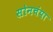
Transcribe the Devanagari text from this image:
सोनचंपा